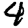
Digit: 4